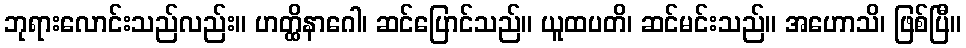
ဘုရားလောင်းသည်လည်း။ ဟတ္ထိနာဂေါ၊ ဆင်ပြောင်သည်။ ယူထပတိ၊ ဆင်မင်းသည်။ အဟောသိ၊ ဖြစ်ပြီ။